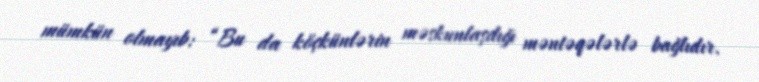
mümkün olmayıb: “Bu da köçkünlərin məskunlaşdığı məntəqələrlə bağlıdır.